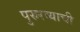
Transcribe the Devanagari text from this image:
पुरुरव्याची